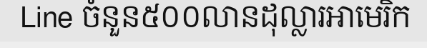
Line ចំនួន៥០០លានដុល្លារអាមេរិក